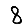
Digit: 8